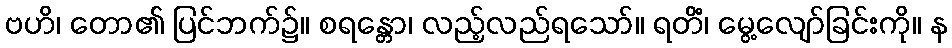
ဗဟိ၊ တော၏ ပြင်ဘက်၌။ စရန္တော၊ လည့်လည်ရသော်။ ရတိံ၊ မွေ့လျော်ခြင်းကို။ န